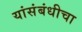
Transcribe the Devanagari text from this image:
यांसंबंधीचा